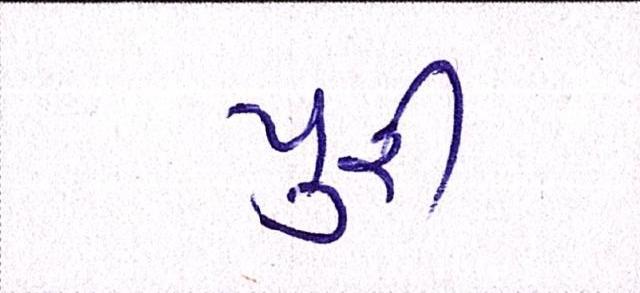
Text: પુરી